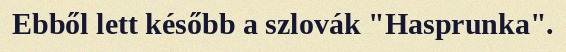
Ebből lett később a szlovák "Hasprunka".